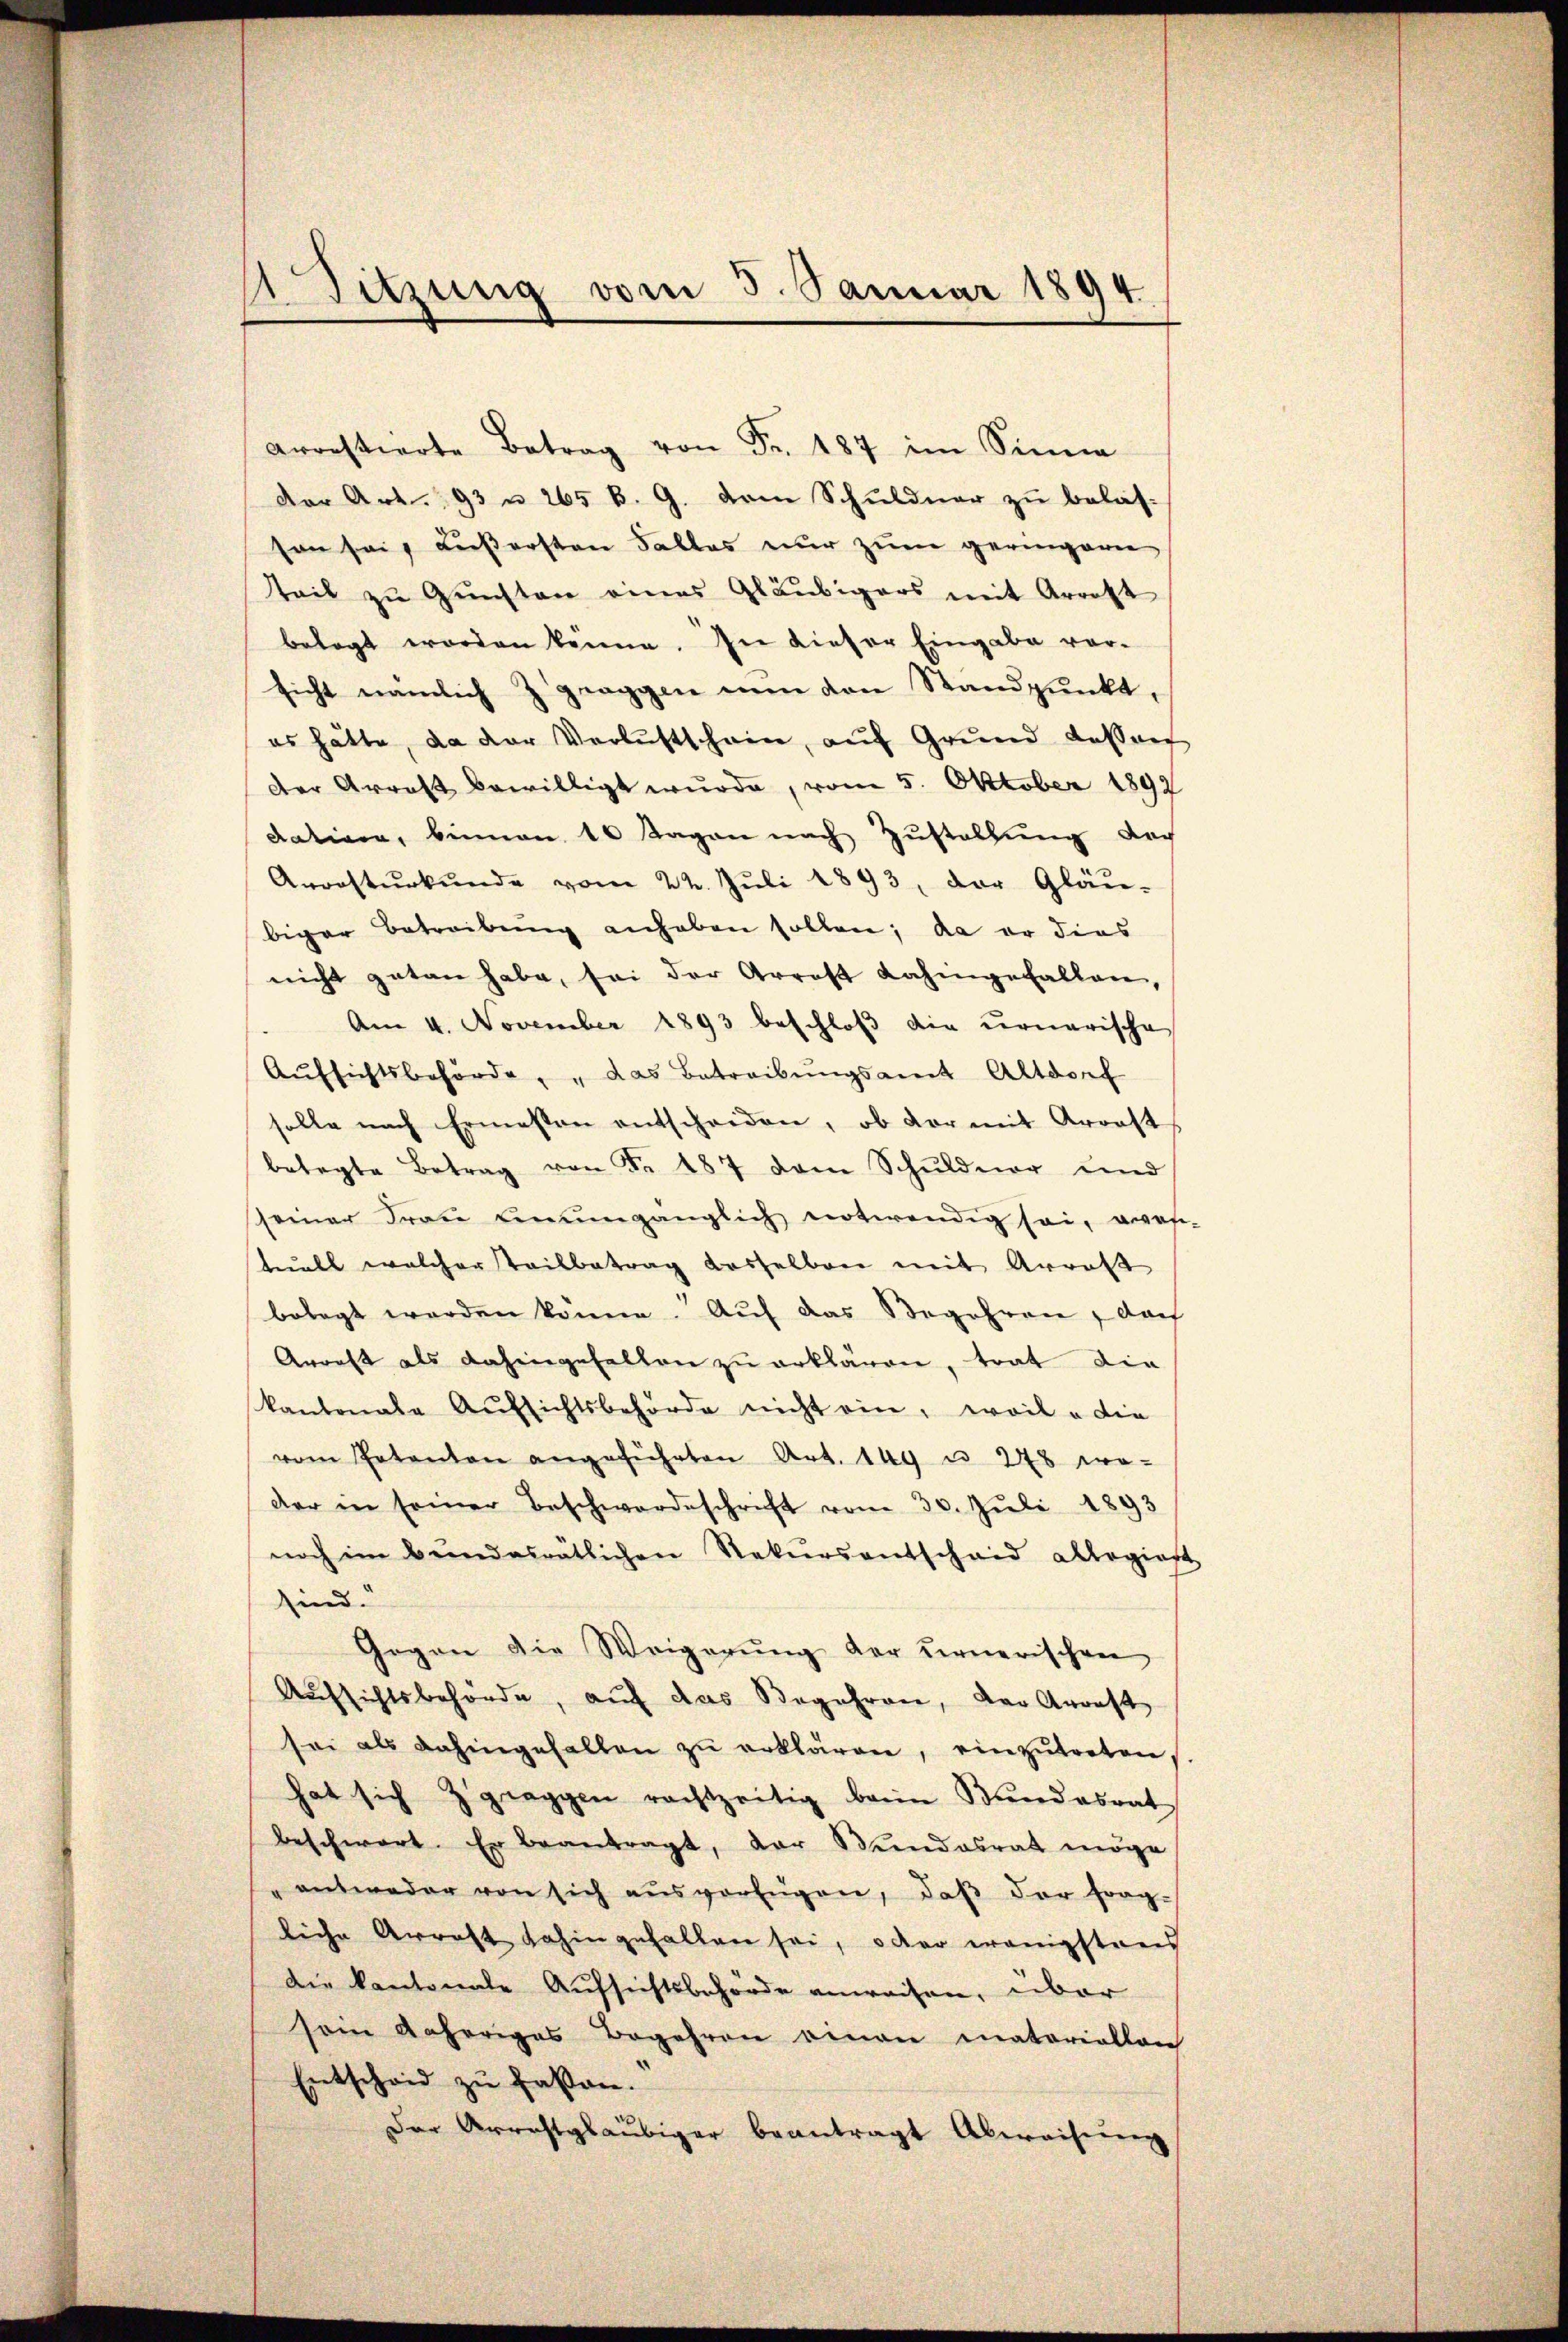
Sitzung vom 5. Januar 1894

Arrestierte Betrag von Fr. 187 im Sinne
der Art. 93 u 265 B. G. dem Schŭldner zŭ belas-
son sei, außersten Falles nur zum geringeren
tteil zu Gunsten eines Gläubigers mit Arrott
belegt worden könne. In dieser Eingabe vor-
sicht nämlich Zgraggen nun den Standpunkt,
es hätte, da der Verlustschein, aŭf Grŭnd dassen
der Arrest bewilligt wurde, vom 5. Oktober 1897
dativen, binnen 10 Tagen nach Zustallŭng der
Anrastŭrkŭnde vom 22. Jŭli 1893, der Gläu-
biger Betreibung anhaben sollen; da er dies
nicht getan habe, sei der Arrest Kahmgefallen,
Am 4. November 1893 beschloß die monarische
Aŭfsichtsbehörde, "das Betreibŭngsamt Altdorf
solle nach Ermessen entscheiden, ob vor mit Arrest
betagte Betrag von Fr. 187 dem Schuldner und
seiner Frau einumgänglich notwendig sei, was
tuell welcher Teilbetrag dasselben mit Arrest
belegt worden könne. Auf das Begehren, dach
Arrest als dahingehalten zu erklären, trat die
kantonale Aufsichtsbehörde nicht ein, weil a die
vom Patenton angeführten Art. 149 u. 278 we-
der in seiner Beschwerdeschrift vom 30. Jŭli 1893
noch im Bŭndesrätlichen Rekursentscheid allegier
sind.
Gegen die Weigerŭng der ernerischen
Aufsichtsbehörde, auf das Begehren, der Arrest
sei als dahingefallen zŭ erklären, einzŭtreten,
hat sich Zgraggen rachtzeitig beim Bundesrat
beschwert. Er beantragt, der Bundesrat möge
antweder von sich aŭs verfügen, daβ der frag-
liche Arrest dahin gefallen sei, oder wenigstrei
Die kantonale Aufsichtsbehörde anweisen, über
sein daheriges Begehren einen materiallon
Entscheid zu fassen.
Der Arrahtgläubiger beantragt Abweisung